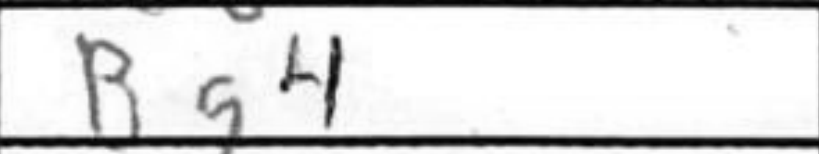
Transcription: Bg4